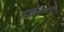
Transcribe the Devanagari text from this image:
तेजतत्त्वरूपी